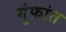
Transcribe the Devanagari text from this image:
गुंफांत